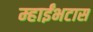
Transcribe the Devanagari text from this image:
म्हाईंभटास